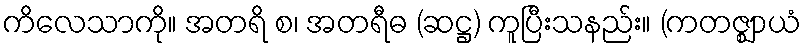
ကိလေသာကို။ အတရိ စ၊ အတရီဓ (ဆဋ္ဌ) ကူပြီးသနည်း။ (ကတဇ္ဈာယံ